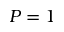
P = 1